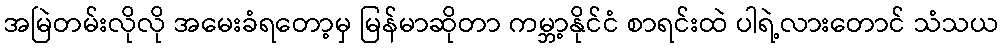
အမြဲတမ်းလိုလို အမေးခံရတော့မှ မြန်မာဆိုတာ ကမ္ဘာ့နိုင်ငံ စာရင်းထဲ ပါရဲ့လားတောင် သံသယ